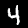
Digit: 4